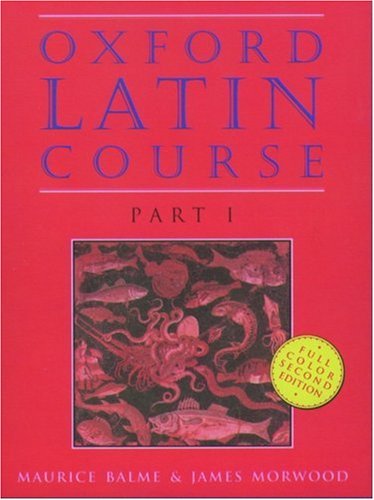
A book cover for Oxford Latin Course, Part I; Maurice Balme; Christian Books & Bibles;